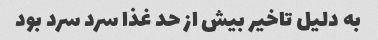
به دلیل تاخیر بیش از حد غذا سرد سرد بود